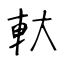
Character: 軑